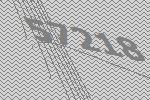
57218